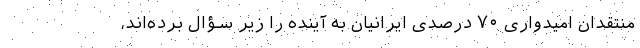
منتقدان امیدواری ۷۰ درصدی ایرانیان به آینده را زیر سؤال برده‌اند،